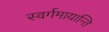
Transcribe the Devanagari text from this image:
स्वर्गमायान्ति